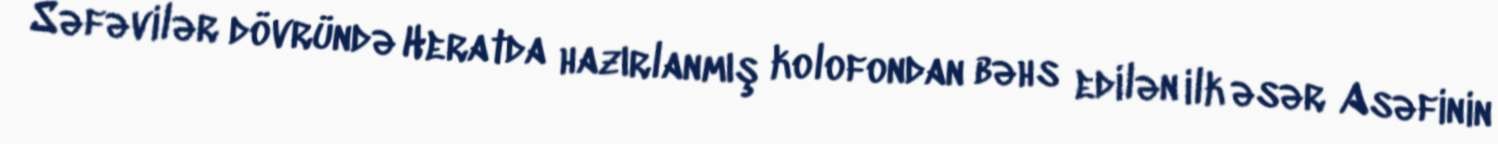
Səfəvilər dövründə Heratda hazırlanmış kolofondan bəhs edilən ilk əsər Asəfinin